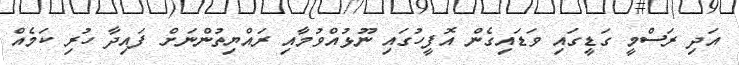
އަދި ރަސްމީ ގަޑީގައި ވަޑައިގެން އޮފީހުގައި ނޫޅުއްވުމާއި ރައްޔިތުންނަށް ފައިދާ ހުރި ކަމެއް